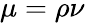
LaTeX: \mu=\rho\nu